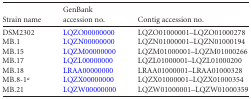
<table><thead><tr><td><b>Strain name</b></td><td><b>GenBank accession no.</b></td><td><b>Contig accession no.</b></td></tr></thead><tbody><tr><td>DSM2302</td><td>LQZO00000000</td><td>LQZO01000001–LQZO01000278</td></tr><tr><td>MB.1</td><td>LQZN00000000</td><td>LQZN01000001–LQZN01000194</td></tr><tr><td>MB.15</td><td>LQZM00000000</td><td>LQZM01000001–LQZM01000266</td></tr><tr><td>MB.17</td><td>LQZL00000000</td><td>LQZL01000001–LQZL01000200</td></tr><tr><td>MB.18</td><td>LRAA00000000</td><td>LRAA01000001–LRAA01000328</td></tr><tr><td>MB.8-1<sup>a</sup></td><td>LQZX00000000</td><td>LQZX01000001–LQZX01000354</td></tr><tr><td>MB.21</td><td>LQZW00000000</td><td>LQZW01000001–LQZW01000359</td></tr></tbody></table>